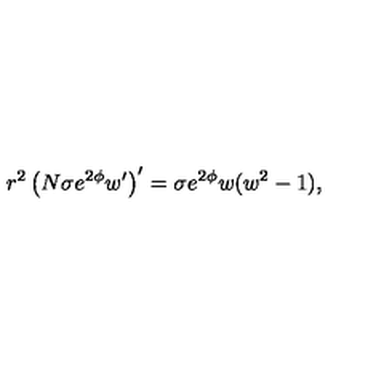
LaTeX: r ^ { 2 } \left( N \sigma e ^ { 2 \phi } w ^ { \prime } \right) ^ { \prime } = \sigma e ^ { 2 \phi } w ( w ^ { 2 } - 1 ) ,